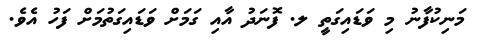
މަނިކުފާނު މި ވަޑައިގަތީ ލ. ފޮނަދު އާއި ގަމަށް ވަޑައިގަތުމަށް ފަހު އެވެ.